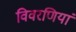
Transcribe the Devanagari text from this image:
विवरणियां